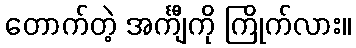
တောက်တဲ့ အင်္ကျီကို ကြိုက်လား။